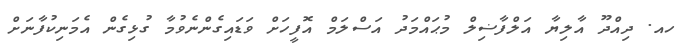
ހއ. ދިއްދޫ އާލިޔާ އަލްފާޟިލް މުޙައްމަދު އަސްލަމް އޮފީހަށް ވަޑައިގެންނެވުމާ ގުޅިގެން އެމަނިކުފާނަށް